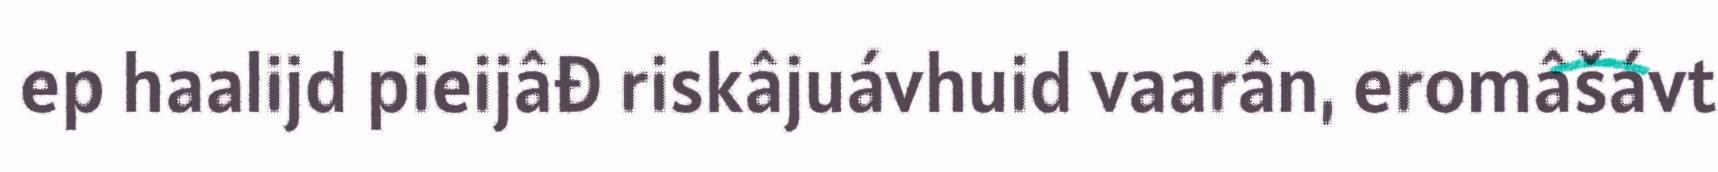
ep haalijd pieijâđ riskâjuávhuid vaarân, eromâšávt